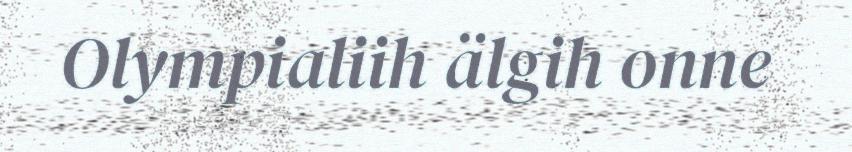
Olympialiih älgih onne